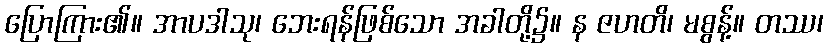
ပြောကြား၏။ အာပဒါသု၊ ဘေးရန်ဖြစ်သော အခါတို့၌။ န ဇဟတိ၊ မစွန့်။ တဿ၊